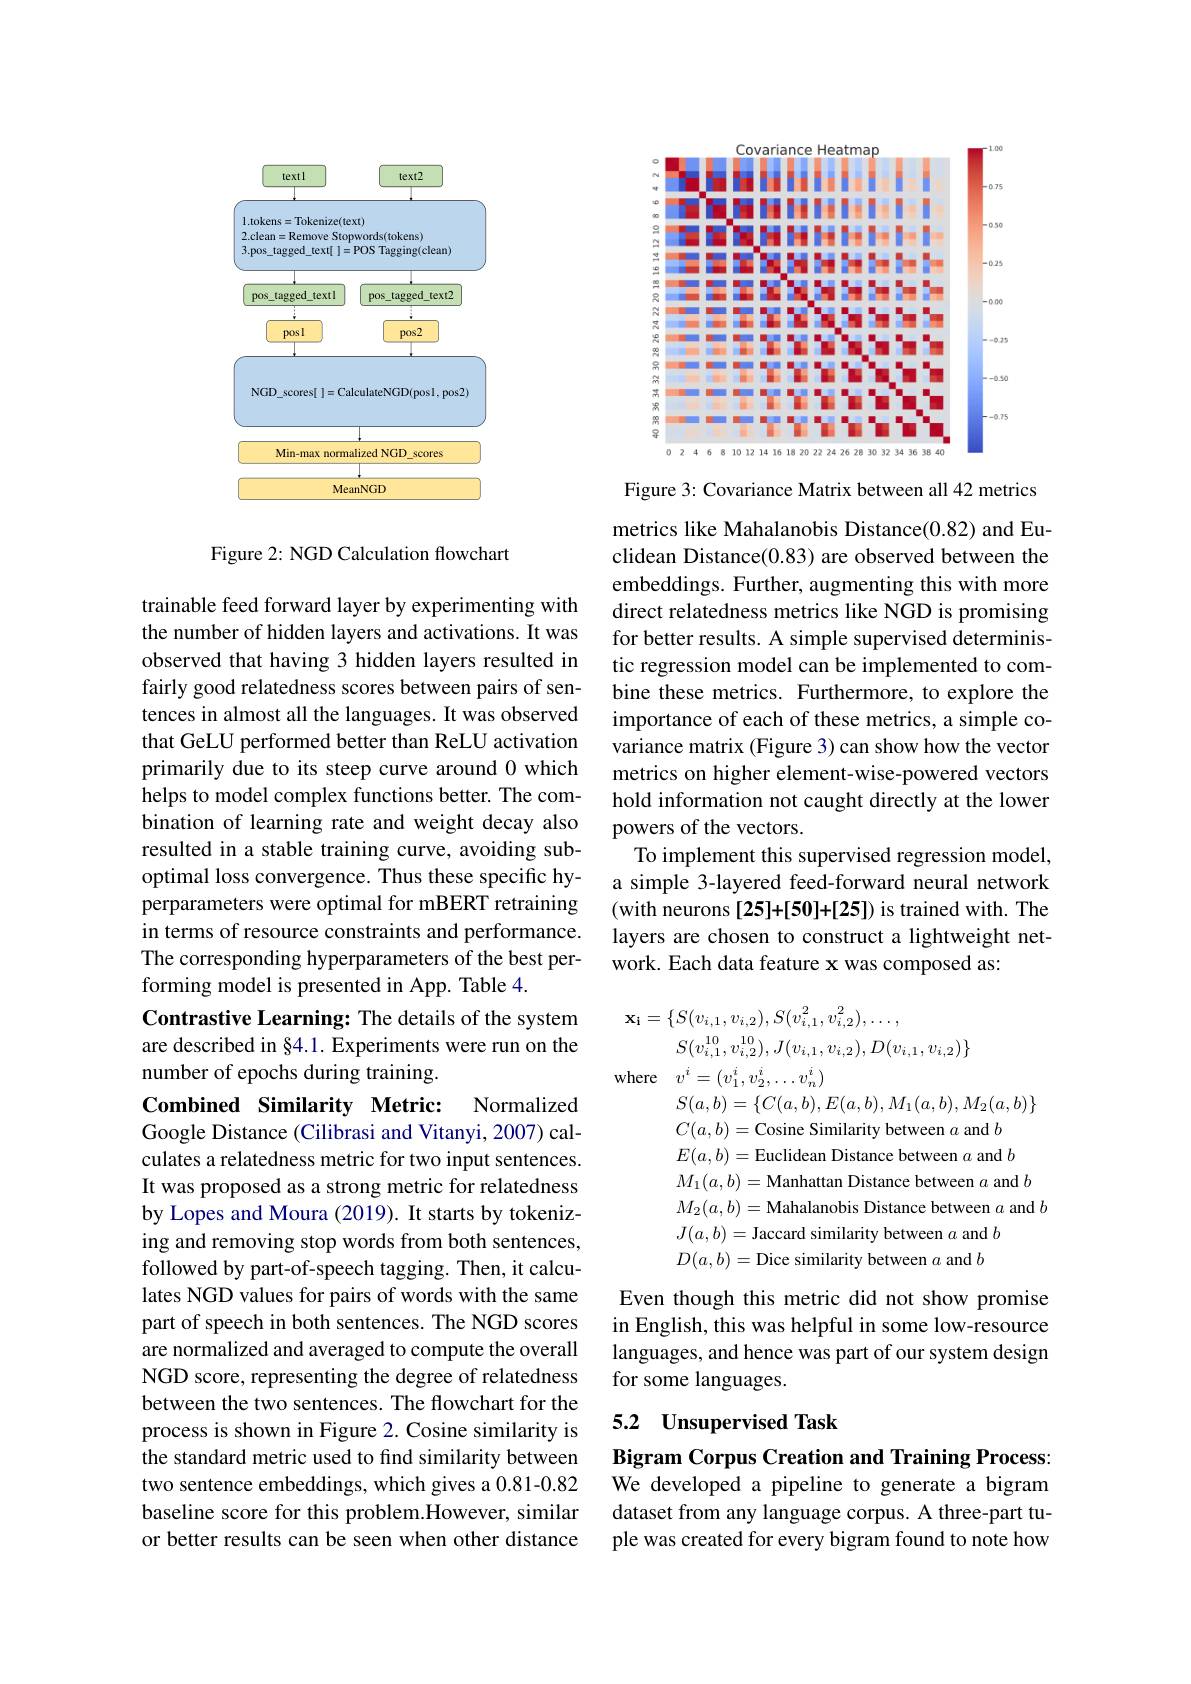
<FigureHere>

Figure 2: NGD Calculation flowchart

trainable feed forward layer by experimenting with the number of hidden layers and activations. It was observed that having 3 hidden layers resulted in fairly good relatedness scores between pairs of sentences in almost all the languages. It was observed that GeLU performed better than ReLU activation primarily due to its steep curve around 0 which helps to model complex functions better. The combination of learning rate and weight decay also resulted in a stable training curve, avoiding suboptimal loss convergence. Thus these specific hyperparameters were optimal for mBERT retraining in terms of resource constraints and performance. The corresponding hyperparameters of the best performing model is presented in App. Table 4.
Contrastive Learning: The details of the system are described in §4.1. Experiments were run on the number of epochs during training. Combined Similarity Metric:
Normalized
Google Distance (Cilibrasi and Vitanyi, 2007) calculates a relatedness metric for two input sentences. It was proposed as a strong metric for relatedness by Lopes and Moura (2019). It starts by tokenizing and removing stop words from both sentences, followed by part-of-speech tagging. Then, it calculates NGD values for pairs of words with the same part of speech in both sentences. The NGD scores are normalized and averaged to compute the overall NGD score, representing the degree of relatedness between the two sentences. The flowchart for the process is shown in Figure 2. Cosine similarity is the standard metric used to find similarity between two sentence embeddings, which gives a 0.81-0.82 baseline score for this problem.However, similar or better results can be seen when other distance

<FigureHere>

Figure 3: Covariance Matrix between all 42 metrics

metrics like Mahalanobis Distance(0.82) and Euclidean Distance(0.83) are observed between the embeddings. Further, augmenting this with more direct relatedness metrics like NGD is promising for better results. A simple supervised deterministic regression model can be implemented to combine these metrics. Furthermore, to explore the importance of each of these metrics, a simple covariance matrix (Figure 3) can show how the vector metrics on higher element-wise-powered vectors hold information not caught directly at the lower powers of the vectors.
To implement this supervised regression model, a simple 3-layered feed-forward neural network layers are chosen to construct a lightweight network. Each data feature x was composed as:
$$\mathbf{x_{i}}=\{S(v_{i,1},v_{i,2}),S(v_{i,1}^{2},v_{i,2}^{2}),\ldots,$$
$S(v_{i,1}^{10},v_{i,2}^{10}),J(v_{i,1},v_{i,2}),D(v_{i,1},v_{i,2})\}$
where $v^i= ( v_1^i, v_2^i, \ldots v_n^i)$
$S(a,b)=\{C(a,b),E(a,b),M_1(a,b),M_2(a,b)\}$

$C(a,b)=$Cosine Similarity between $a$ and $b$ $E(a,b)=$Euclidean Distance between $a$ and $b$ $M_1(a,b)=$Manhattan Distance between $a$ and $b$ $M_2(a,b)=$Mahalanobis Distance between $a$ and $b$ $J(a,b)=$Jaccard similarity between $a$ and $b$ $D(a,b)=$Dice similarity between $a$ and $b$

Even though this metric did not show promise in English, this was helpful in some low-resource languages, and hence was part of our system design for some languages.

# 5.2 Unsupervised Task

Bigram Corpus Creation and Training Process:

We developed a pipeline to generate a bigram dataset from any language corpus. A three-part tuple was created for every bigram found to note how